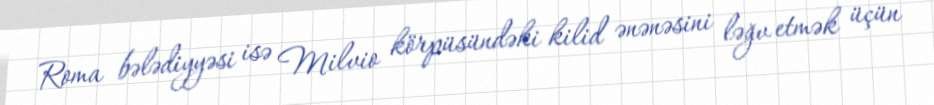
Roma bələdiyyəsi isə Milvio körpüsündəki kilid ənənəsini ləğv etmək üçün